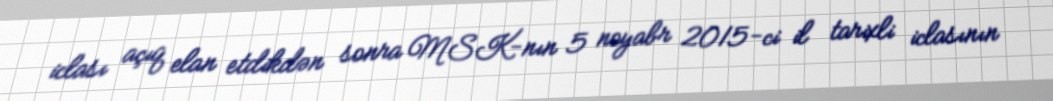
iclası açıq elan etdikdən sonra MSK-nın 5 noyabr 2015-ci il tarixli iclasının